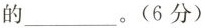
的___。(6分)